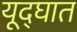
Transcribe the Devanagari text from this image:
यूद्घात